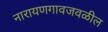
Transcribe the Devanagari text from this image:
नारायणगावजवळील